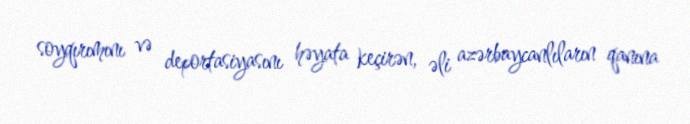
soyqırımını və deportasiyasını həyata keçirən, əli azərbaycanlıların qanına